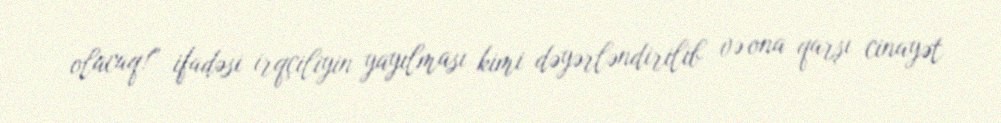
olacaq!” ifadəsi irqçiliyin yayılması kimi dəyərləndirilib və ona qarşı cinayət